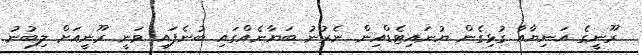
ރޫނީގެ އަނިޔާއާ ގުޅިގެން ޔުނައިޓެޑްއިން ނެރުނު ބަޔާނެއްގައި ބުނެފައި ވަނީ ރޫނީއަށް ލިބުނު